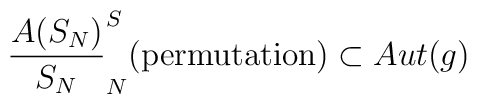
\frac{A(S_N)}{S_N} \sp S_N(\textup{permutation})\subset Aut(g)